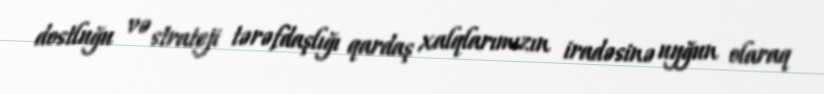
dostluğu və strateji tərəfdaşlığı qardaş xalqlarımızın iradəsinə uyğun olaraq